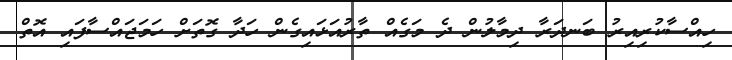
ހިއްސާކުރިއިރު ބަނދަރާ ދިމާލުން ދެ މަގެއް ތާރުއަޅައިގެން ހަދާ ގޮތަށް ހަމަޖައްސާފައި އޮތް